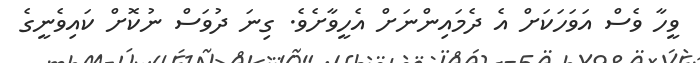
ވީހާ ވެސް އަވަހަކަށް އެ ދެމައިންނަށް އެހީވާށެވެ. ގިނަ ދުވަސް ނުކޮށް ކައިވެނީގެ